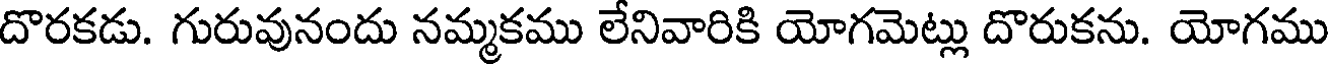
దొరకడు. గురువునందు నమ్మకము లేనివారికి యోగమెట్లు దొరుకను. యోగము